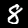
Digit: 8